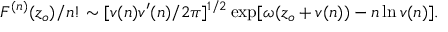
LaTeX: F ^ { ( n ) } ( z _ { o } ) / n ! \sim [ v ( n ) v ^ { \prime } ( n ) / 2 \pi ] ^ { 1 / 2 } \exp [ \omega ( z _ { o } + v ( n ) ) - n \ln v ( n ) ] .